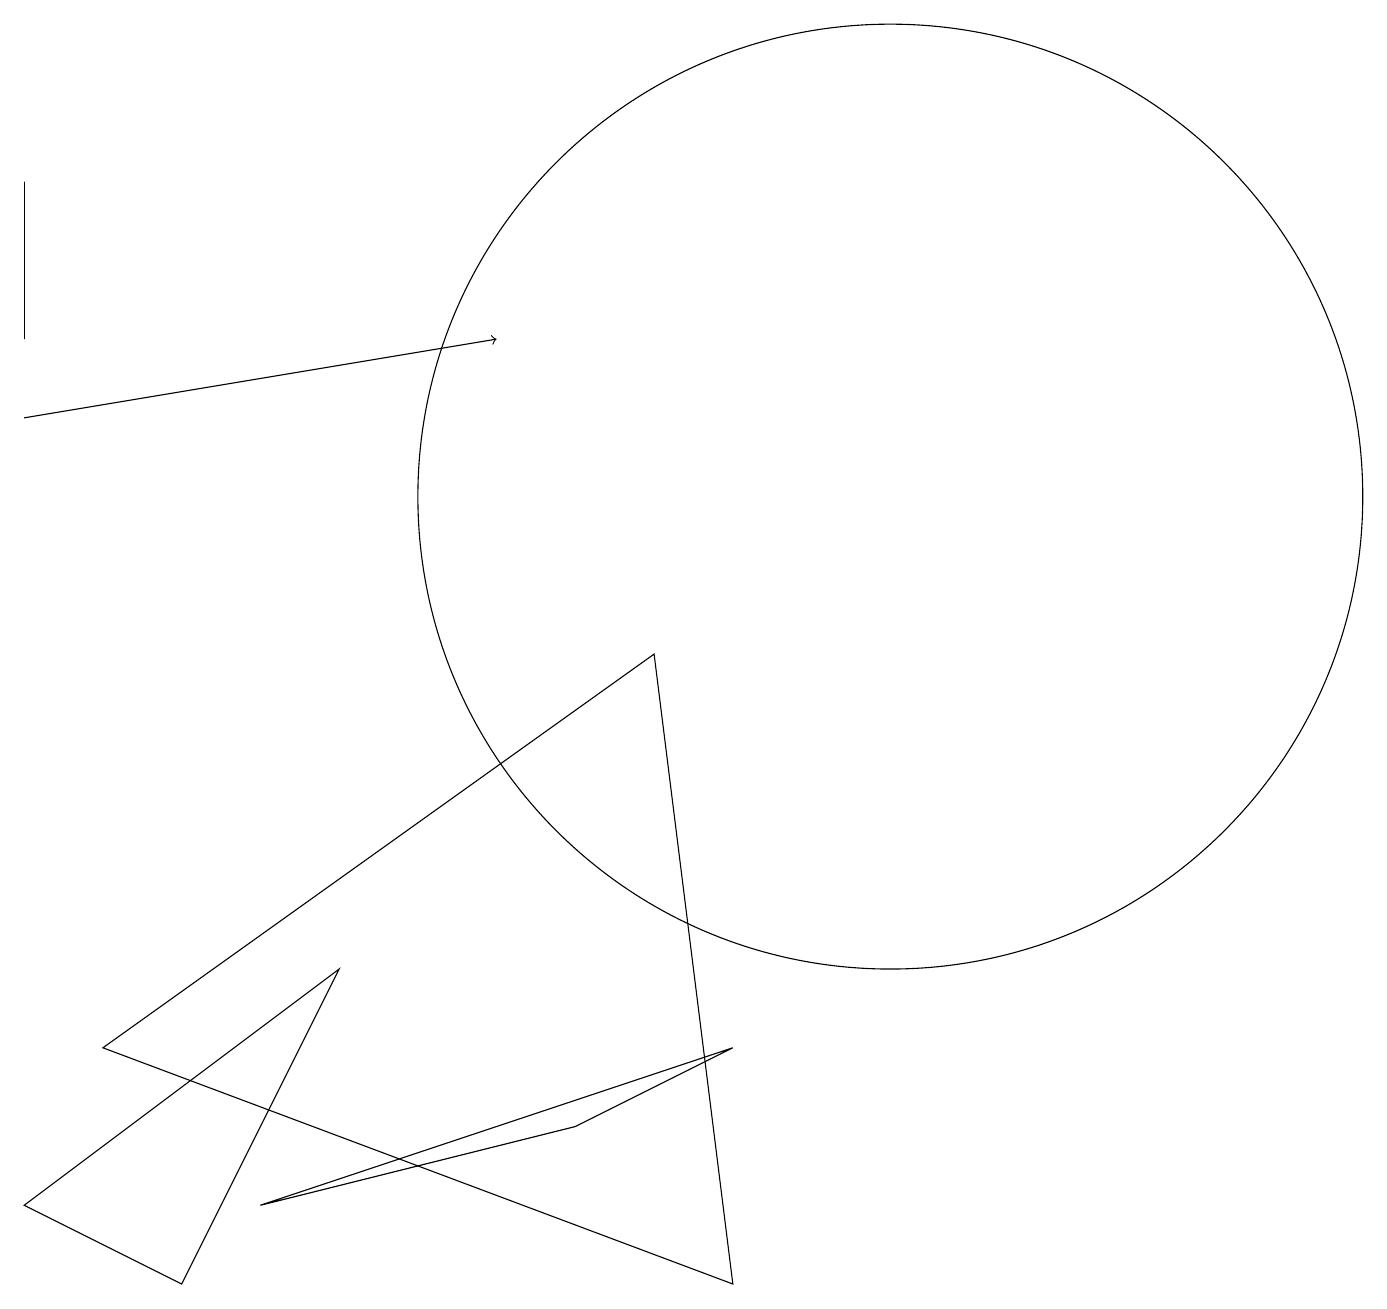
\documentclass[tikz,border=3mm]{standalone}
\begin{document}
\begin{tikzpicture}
\draw (9,0) -- (1,3) -- (8,8) -- cycle;
\draw[->] (0,11) -- (6,12);
\draw (11,10) circle (6);
\draw (0,12) rectangle (0,14);
\draw (9,3) -- (7,2) -- (3,1) -- cycle;
\draw (4,4) -- (0,1) -- (2,0) -- cycle;
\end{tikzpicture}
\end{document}